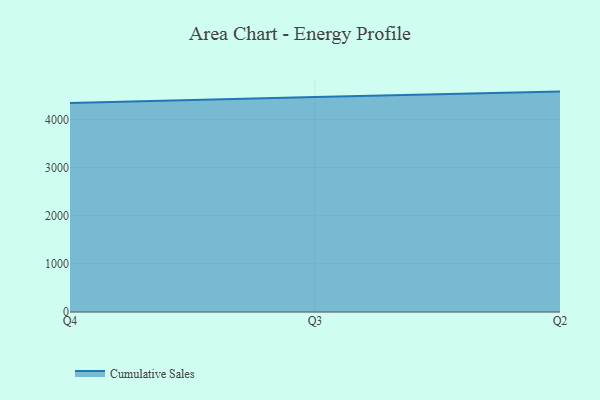
{"axis": {"x": "Quarter", "y": "Shipments"}, "legend": ["Cumulative Sales"], "data": [{"x": "Q4", "y": 4340.2, "type": "Cumulative Sales"}, {"x": "Q3", "y": 4467.4, "type": "Cumulative Sales"}, {"x": "Q2", "y": 4577.8, "type": "Cumulative Sales"}]}